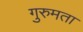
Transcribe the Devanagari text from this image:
गुरुमता